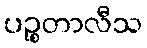
ပဉ္စတာလီသ